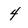
Character: 4